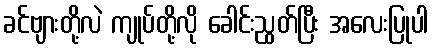
ခင်ဗျားတို့လဲ ကျုပ်တို့လို ခေါင်းညွတ်ပြီး အလေးပြုပါ